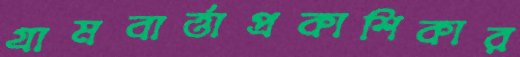
গ্রামবার্ত্তাপ্রকাশিকার